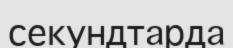
секундтарда